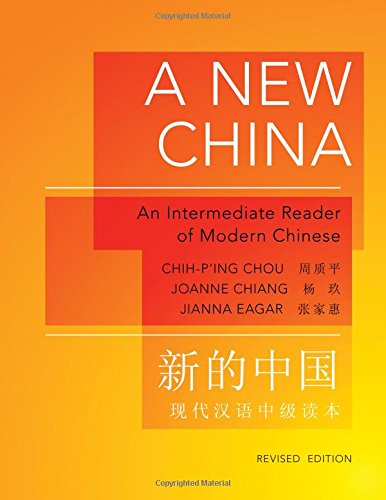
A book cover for A New China: An Intermediate Reader of Modern Chinese, Revised Edition (The Princeton Language Program: Modern Chinese); Chih-p'ing Chou; History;